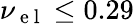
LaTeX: \nu_{\mathrm{~e~l~}}\leq 0.29